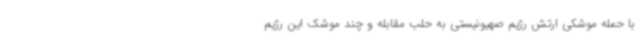
با حمله موشکی ارتش رژیم صهیونیستی به حلب مقابله و چند موشک این رژیم